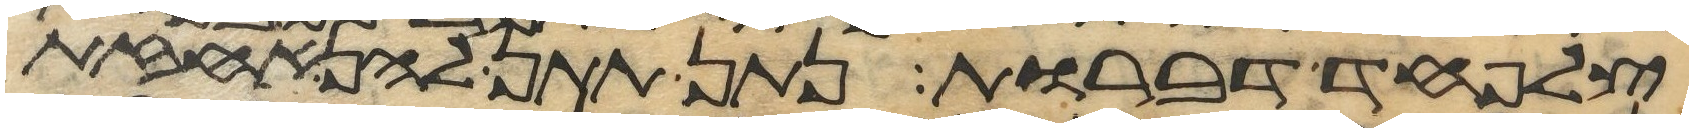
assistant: צלפחד דברות נתן תתן להן אחזת